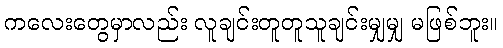
ကလေးတွေမှာလည်း လူချင်းတူတူသူချင်းမျှမျှ မဖြစ်ဘူး။